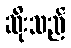
ဆိုးသည်